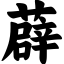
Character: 薜